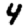
Digit: 4